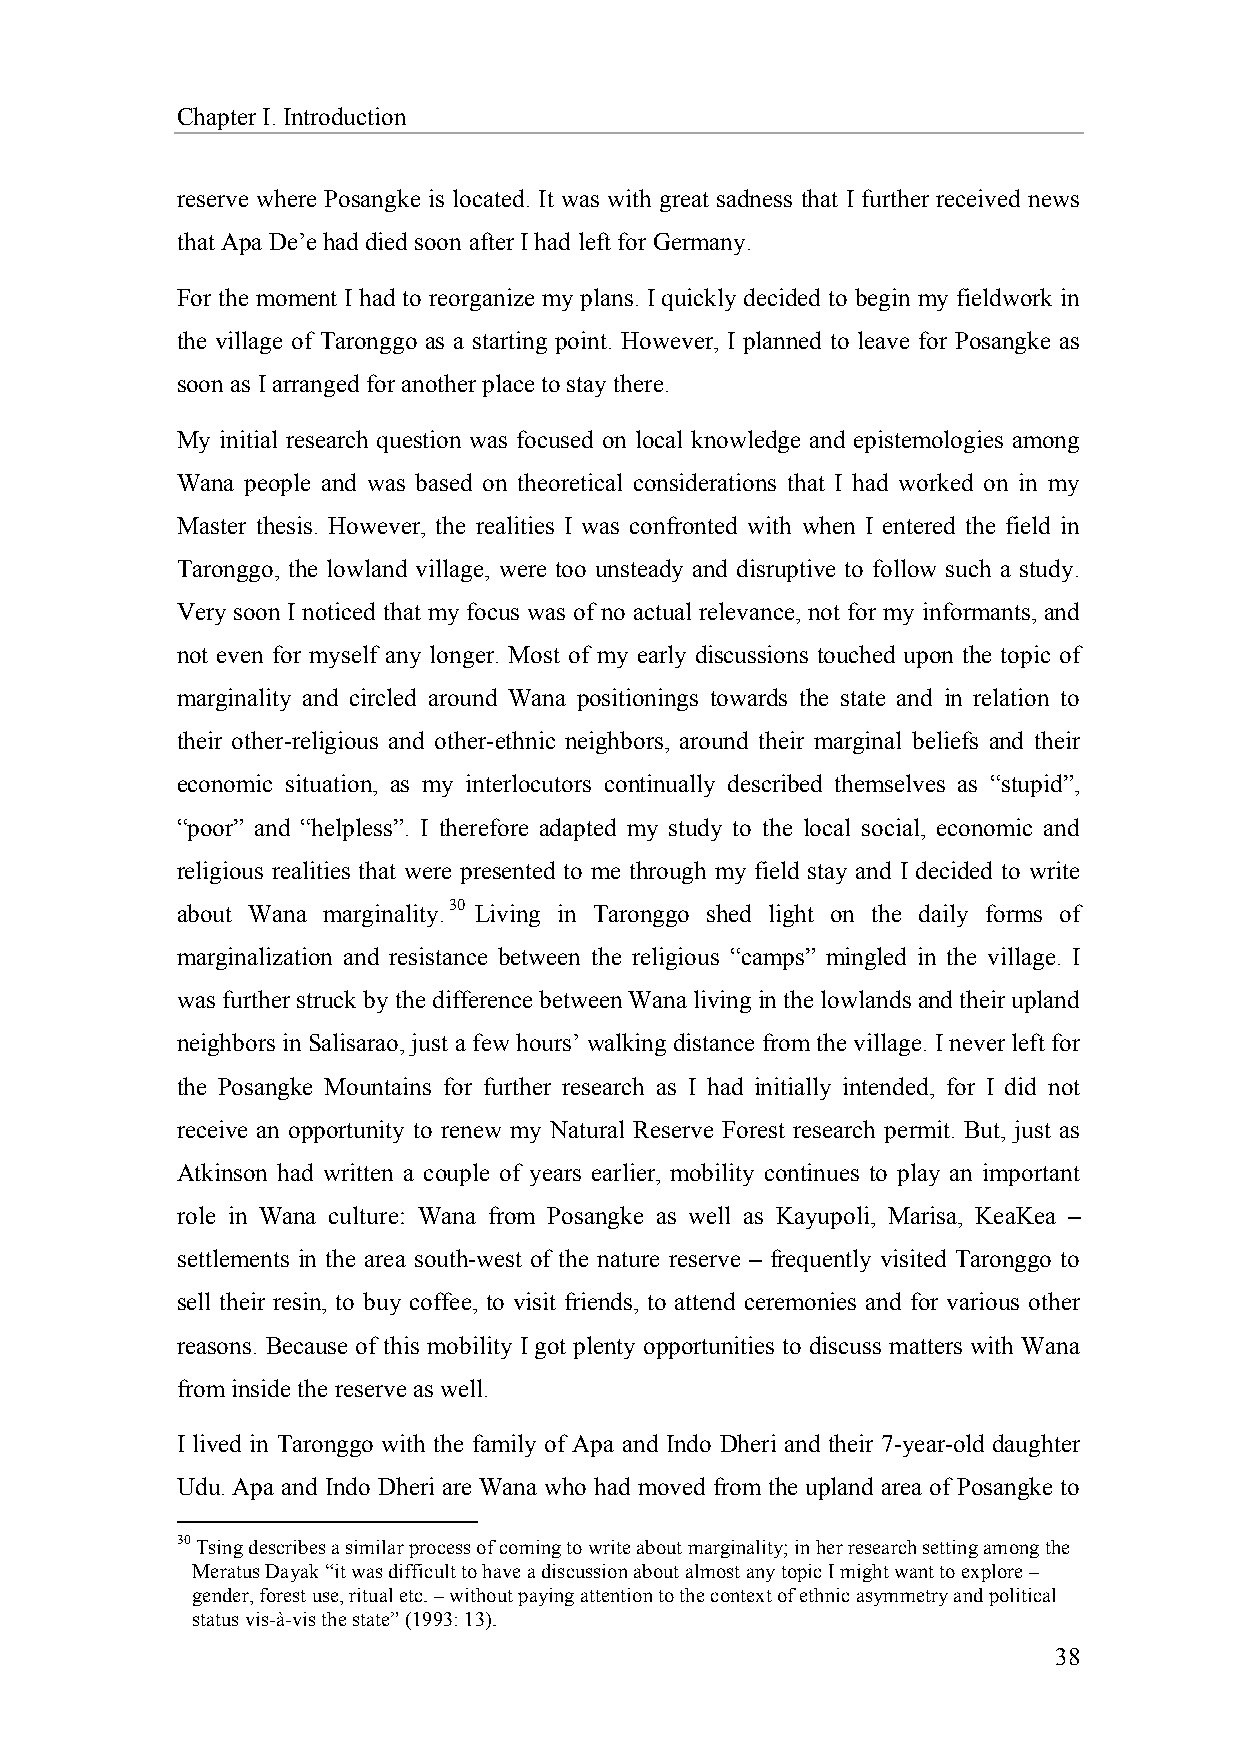
Chapter I. Introduction
 reserve where Posangke is located. It was with great sadness that I further received news
 that Apa De’e had died soon after I had left for Germany.
 For the moment I had to reorganize my plans. I quickly decided to begin my fieldwork in
 the village of Taronggo as a starting point. However, I planned to leave for Posangke as
 soon as I arranged for another place to stay there.
 My initial research question was focused on local knowledge and epistemologies among
 Wana people and was based on theoretical considerations that I had worked on in my
 Master thesis. However, the realities I was confronted with when I entered the field in
 Taronggo, the lowland village, were too unsteady and disruptive to follow such a study.
 Very soon I noticed that my focus was of no actual relevance, not for my informants, and
 not even for myself any longer. Most of my early discussions touched upon the topic of
 marginality and circled around Wana positionings towards the state and in relation to
 their other-religious and other-ethnic neighbors, around their marginal beliefs and their
 economic situation, as my interlocutors continually described themselves as “stupid”,
 “poor” and “helpless”. I therefore adapted my study to the local social, economic and
 religious realities that were presented to me through my field stay and I decided to write
 about Wana marginality.30 Living in Taronggo shed light on the daily forms of
 marginalization and resistance between the religious “camps” mingled in the village. I
 was further struck by the difference between Wana living in the lowlands and their upland
 neighbors in Salisarao, just a few hours’ walking distance from the village. I never left for
 the Posangke Mountains for further research as I had initially intended, for I did not
 receive an opportunity to renew my Natural Reserve Forest research permit. But, just as
 Atkinson had written a couple of years earlier, mobility continues to play an important
 role in Wana culture: Wana from Posangke as well as Kayupoli, Marisa, KeaKea –
 settlements in the area south-west of the nature reserve – frequently visited Taronggo to
 sell their resin, to buy coffee, to visit friends, to attend ceremonies and for various other
 reasons. Because of this mobility I got plenty opportunities to discuss matters with Wana
 from inside the reserve as well.
 I lived in Taronggo with the family of Apa and Indo Dheri and their 7-year-old daughter
 Udu. Apa and Indo Dheri are Wana who had moved from the upland area of Posangke to
 30 Tsing describes a similar process of coming to write about marginality; in her research setting among the
 Meratus Dayak “it was difficult to have a discussion about almost any topic I might want to explore –
 gender, forest use, ritual etc. – without paying attention to the context of ethnic asymmetry and political
 status vis-à-vis the state” (1993: 13).
 38